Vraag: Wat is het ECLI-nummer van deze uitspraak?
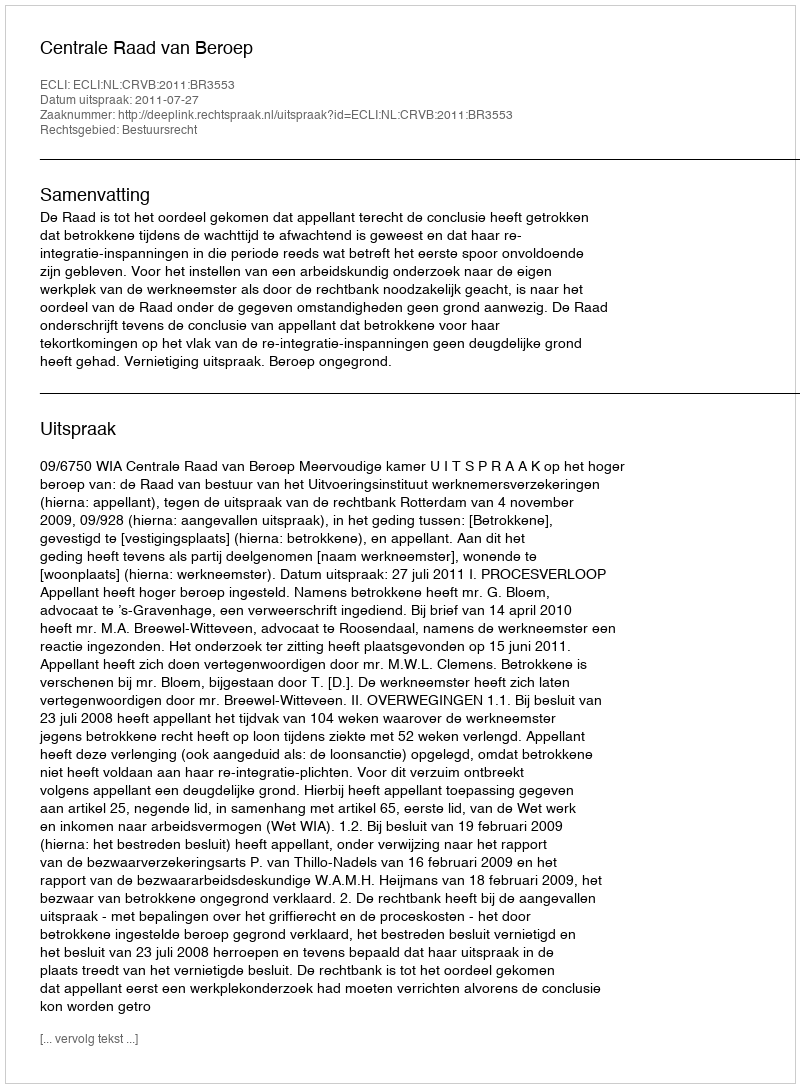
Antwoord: ECLI:NL:CRVB:2011:BR3553